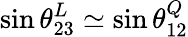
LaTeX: \sin\theta_{23}^{L}\simeq\sin\theta_{12}^{Q}